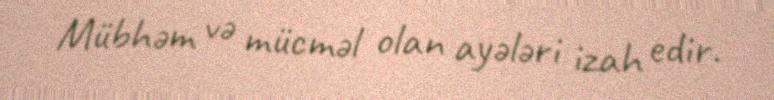
Mübhəm və mücməl olan ayələri izah edir.